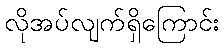
လိုအပ်လျက်ရှိကြောင်း